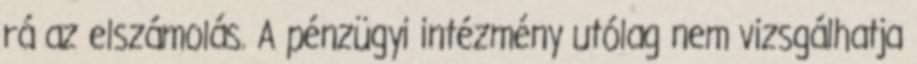
rá az elszámolás. A pénzügyi intézmény utólag nem vizsgálhatja